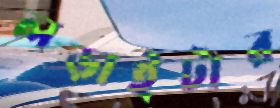
লড়াইটার